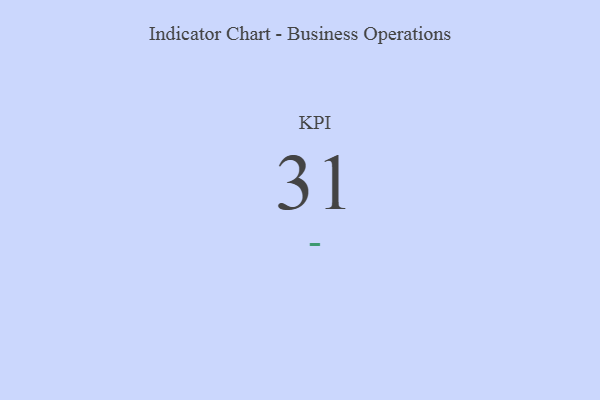
{"axis": {"x": "KPI", "y": "Value"}, "legend": [""], "data": [{"x": "KPI", "y": 31, "type": ""}]}